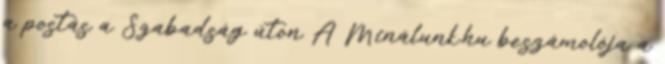
a postás a Szabadság úton A Minálunk.hu beszámolója a